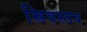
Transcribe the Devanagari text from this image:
स्रिवस्तव